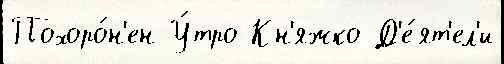
Похоро́н'ен У́тро Кн'яжко Д'е́ят'ел'и